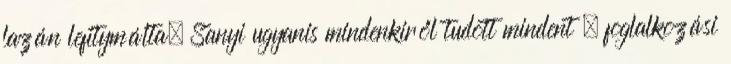
lazán lefitymálta. Sanyi ugyanis mindenkiről tudott mindent – foglalkozási